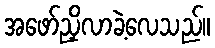
အဖော်ညှိလာခဲ့လေသည်။